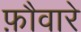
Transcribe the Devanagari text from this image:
फ़ौवारे